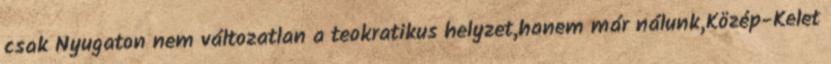
csak Nyugaton nem változatlan a teokratikus helyzet,hanem már nálunk,Közép-Kelet